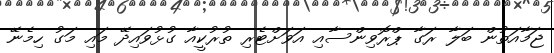
ޖަމާއަތުން ބަލާ ރަގާ ޕްރޮވިންސާއި އަވަށްޓެރި ތުރުކީއާ ގުޅުވައިދޭ މައި މަގު ހިމެނޭ